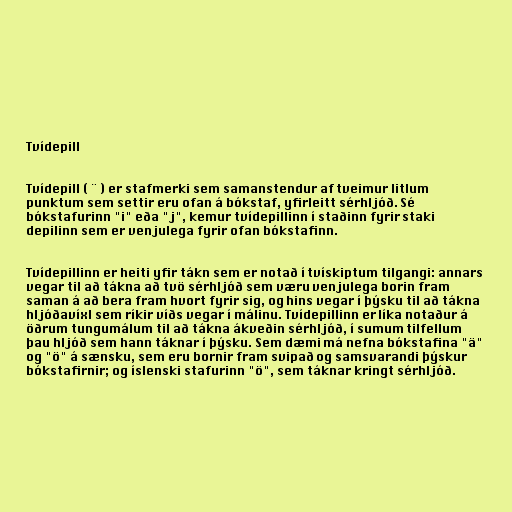
Tvídepill

Tvídepill ( ¨ ) er stafmerki sem samanstendur af tveimur litlum
punktum sem settir eru ofan á bókstaf, yfirleitt sérhljóð. Sé
bókstafurinn "i" eða "j", kemur tvídepillinn í staðinn fyrir staki
depilinn sem er venjulega fyrir ofan bókstafinn.

Tvídepillinn er heiti yfir tákn sem er notað í tvískiptum tilgangi: annars
vegar til að tákna að tvö sérhljóð sem væru venjulega borin fram
saman á að bera fram hvort fyrir sig, og hins vegar í þýsku til að tákna
hljóðavíxl sem ríkir víðs vegar í málinu. Tvídepillinn er líka notaður á
öðrum tungumálum til að tákna ákveðin sérhljóð, í sumum tilfellum
þau hljóð sem hann táknar í þýsku. Sem dæmi má nefna bókstafina "ä"
og "ö" á sænsku, sem eru bornir fram svipað og samsvarandi þýskur
bókstafirnir; og íslenski stafurinn "ö", sem táknar kringt sérhljóð.